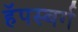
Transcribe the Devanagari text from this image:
हॅपस्बर्ग